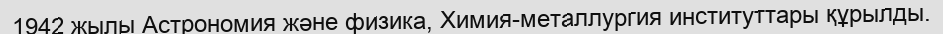
1942 жылы Астрономия және физика, Химия-металлургия институттары құрылды.